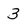
Character: 3